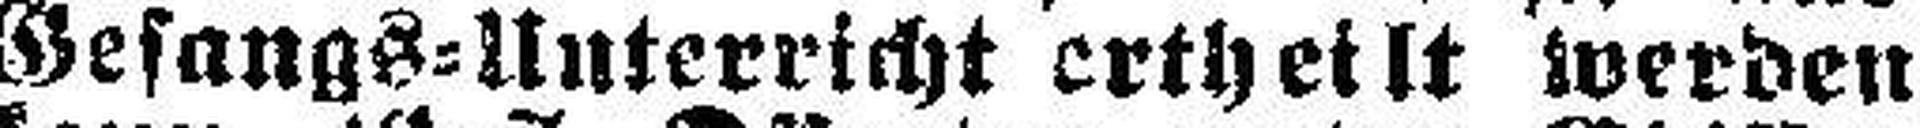
Gesangs=Unterricht ertheilt werden